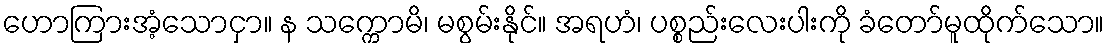
ဟောကြားအံ့သောငှာ။ န သက္ကောမိ၊ မစွမ်းနိုင်။ အရဟံ၊ ပစ္စည်းလေးပါးကို ခံတော်မူထိုက်သော။